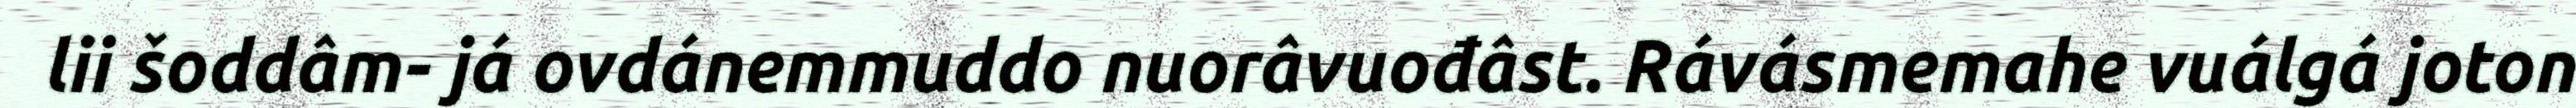
lii šoddâm- já ovdánemmuddo nuorâvuođâst. Rávásmemahe vuálgá joton